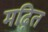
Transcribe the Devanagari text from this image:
मढ़ित